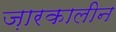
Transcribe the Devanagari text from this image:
ज़ारकालीन